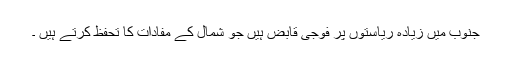
جنوب میں زیادہ ریاستوں پر فوجی قابض ہیں جو شمال کے مفادات کا تحفظ کرتے ہیں ۔